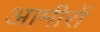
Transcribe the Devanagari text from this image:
आमीरों